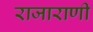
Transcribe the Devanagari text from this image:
राजाराणी